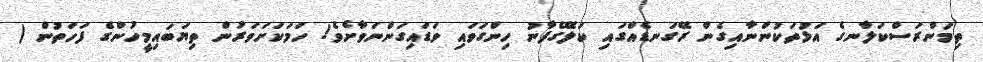
ތިމަންރަސްކަލާނގެ އަޅުތަކުންނާއިގެން ރޭގަނޑެއްގައި ކަލޭގެފާނު ހިންގަވައި ވަޑައިގަންނަވާށެވެ! ހަމަކަށަވަރުން ތިޔަބައިމީހުންގެ ފަހަތުން (